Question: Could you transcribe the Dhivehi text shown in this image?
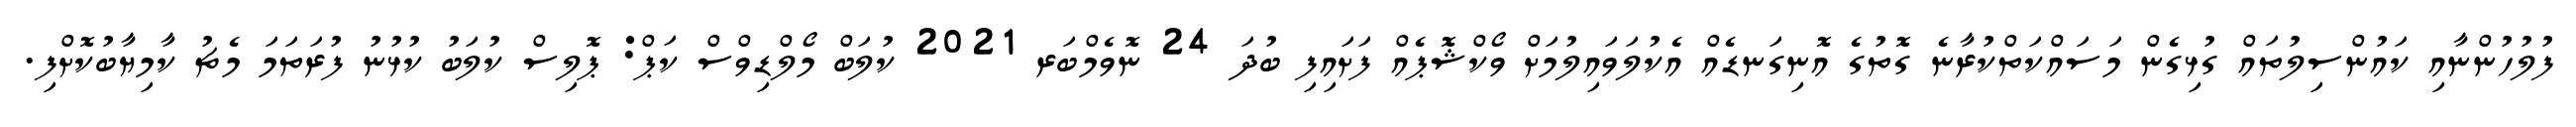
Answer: ފުލުހުންނާއި ކައުންސިލުތައް ގުޅިގެން މަސައްކަތްކުރާނެ ގޮތުގެ އޮނިގަނޑެއް އެކުލަވައިލުމަށް ވޯކްޝޮޕެއް ފަށައިފި ބުދަ 24 ނޮވެމްބަރ 2021 ކުލަބް މޯލްޑިވްސް ކަޕް: ޕޮލިސް ކުލަބު ކުޅުނު ފުރަތަމަ މެޗު ކާމިޔާބުކޮށްފި.